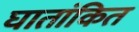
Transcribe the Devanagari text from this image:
घातांकित